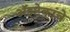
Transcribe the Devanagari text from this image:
अॅझ्टेकांचे